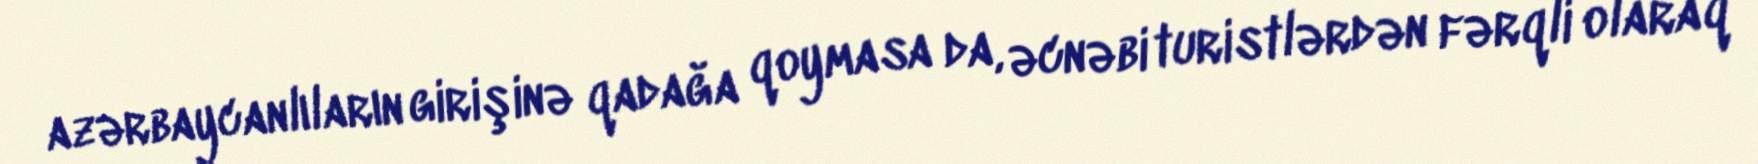
azərbaycanlıların girişinə qadağa qoymasa da, əcnəbi turistlərdən fərqli olaraq